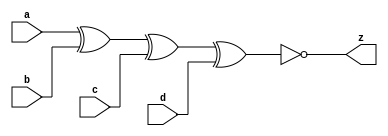
//#############################################################################
//# Function: 4-Input Exclusive-Nor Gate                                      #
//# Copyright: Lambda Project Authors. All rights Reserved.                   #
//# License:  MIT (see LICENSE file in Lambda repository)                     #
//#############################################################################

module la_xnor4 #(
    parameter PROP = "DEFAULT"
) (
    input  a,
    input  b,
    input  c,
    input  d,
    output z
);

    assign z = ~(a ^ b ^ c ^ d);

endmodule